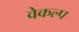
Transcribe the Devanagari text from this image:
वेकल्प